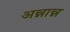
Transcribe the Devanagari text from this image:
अन्नान्न